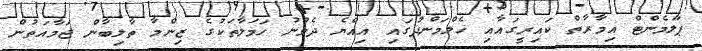
ޕާލަމެންޓް އިމާރާތް ކައިރީގައާއި ހެލްމަންދުގައި އިއްޔެ ދެވުނު ހަމަލާތަކުގެ ޒިންމާ ތާލިބާން ޖަމާއަތުން